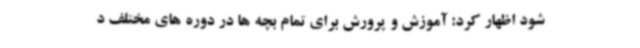
شود اظهار کرد: آموزش و پرورش برای تمام بچه ها در دوره های مختلف د